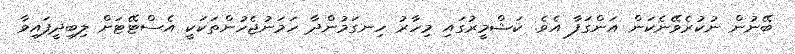
ބޭނުން ނުކުރެވޭނެކަން އަންގަފާ އެވެ. ކަޝްމީރުގައި މިހާރު ހިނގަމުންދާ ހަމަނުޖެހުންތަކަކީ އެސްޓޭޓަށް ލިބިދީފައިވާ